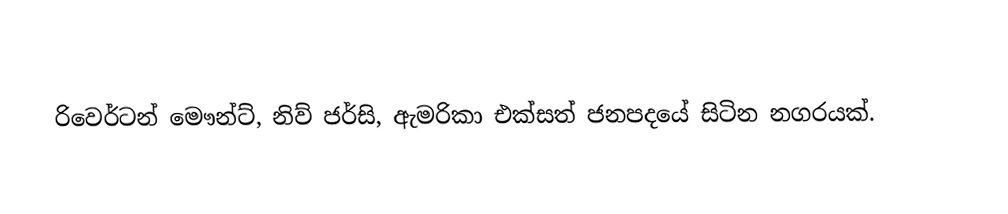
රිවෙර්ටන් මෞන්ට්, නිව් ජර්සි, ඇමරිකා එක්සත් ජනපදයේ සිටින නගරයක්.